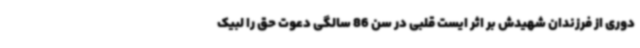
دوری از فرزندان شهیدش بر اثر ایست قلبی در سن 86 سالگی دعوت حق را لبیک